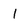
Character: l